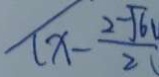
( x - \frac { 2 - \sqrt { 6 } } { 2 }